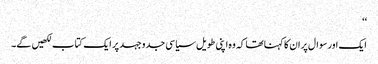
‘‘
ایک اور سوال پر ان کا کہنا تھا کہ وہ اپنی طویل سیاسی جدوجہد پر ایک کتاب لکھیں گے۔